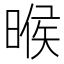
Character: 㬋